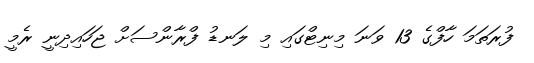
ފުރަތަމަ ހާފްގެ 13 ވަނަ މިނިޓްގައި މި ލަނޑު ފްރާންސަށް ޖަހައިދިނީ ރެމީ